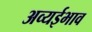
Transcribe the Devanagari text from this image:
अव्यईभाव